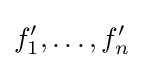
f'_{1},\ldots ,f'_{n}